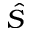
\hat { S }